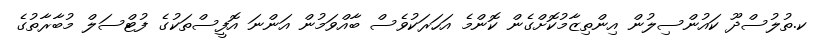
ކ.ތުލުސްދޫ ކައުންސިލުން އިންތިޒާމުކޮށްގެން ކޮންމެ އަހަރަކުވެސް ބާއްވަމުން އަންނަ އޮފީސްތަކުގެ ފުޓްސަލް މުބާރާތުގެ